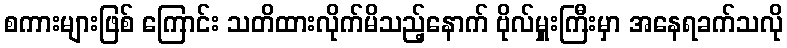
စကားများဖြစ် ကြောင်း သတိထားလိုက်မိသည့်နောက် ဗိုလ်မှူးကြီးမှာ အနေရခက်သလို